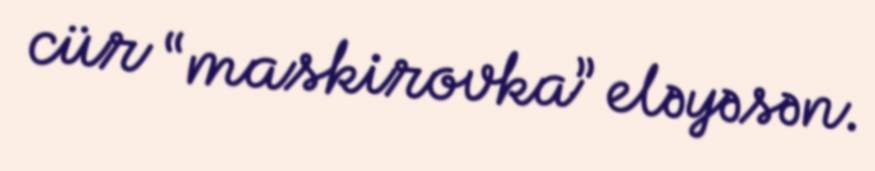
cür “maskirovka” eləyəsən.